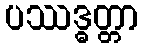
ပဿဒ္ဓတ္တာ